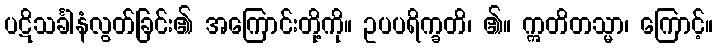
ပဋိသင်္ခါနံလွတ်ခြင်း၏ အကြောင်းတို့ကို။ ဥပပရိက္ခတိ၊ ၏။ ဣတိတသ္မာ၊ ကြောင့်။